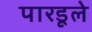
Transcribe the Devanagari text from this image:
पारडूले